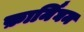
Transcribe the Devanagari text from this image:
फ़ार्मिंघम